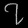
Digit: ၇